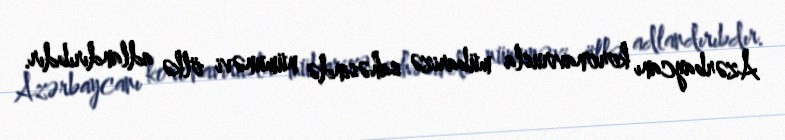
Azərbaycanı koronavirusla mübarizə sahəsində nümunəvi ölkə adlandırıbdır.